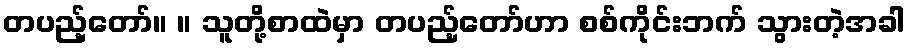
တပည့်တော်။ ။ သူတို့စာထဲမှာ တပည့်တော်ဟာ စစ်ကိုင်းဘက် သွားတဲ့အခါ